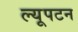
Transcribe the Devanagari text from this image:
ल्यूपटन